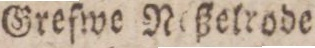
Grefwe Neßelrode.